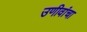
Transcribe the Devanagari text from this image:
उणीवांचा